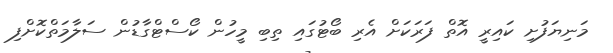
މަނިޔަފުށި ކައިރީ އޮތް ފަރަކަށް އެރި ބޯޓުގައި ތިބި މީހުން ކޯސްޓްގާޑުން ސަލާމަތްކޮށްފި